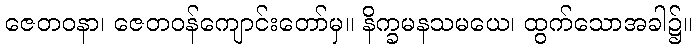
ဇေတဝနာ၊ ဇေတဝန်ကျောင်းတော်မှ။ နိက္ခမနသမယေ၊ ထွက်သောအခါ၌။